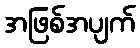
အဖြစ်အပျက်